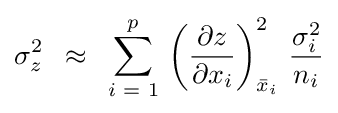
\sigma _{z}^{2}\,\,\,\approx \,\,\,\sum \limits _{i\,\,=\,\,1}^{p}{\,\left({{\partial z} \over {\partial x_{i}}}\right)_{{\bar {x}}_{i}}^{2}}\,\,{{\sigma _{i}^{2}} \over {n_{i}}}